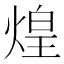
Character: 煌